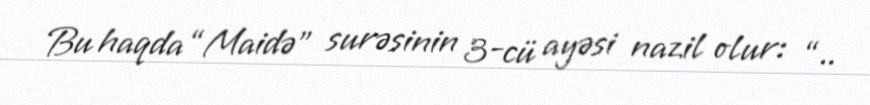
Bu haqda “Maidə” surəsinin 3-cü ayəsi nazil olur: “..